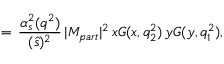
= \, \frac { \alpha _ { s } ^ { 2 } ( q ^ { 2 } ) } { ( \hat { s } ) ^ { 2 } } \, \vert M _ { p a r t } \vert ^ { 2 } \, x G ( x , q _ { 2 } ^ { 2 } ) \, y G ( y , q _ { 1 } ^ { 2 } ) ,